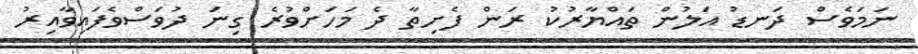
ނަމަވެސް ދަނޑު އަލުން ތައްޔާރުކު ރަން ފެށިތާ ދެ މަހަށްވުރެ ގިނަ ދުވަސްވެފައިވާއިރު